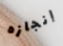
إنجازه